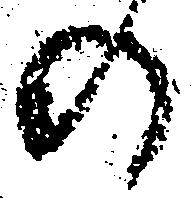
の